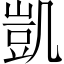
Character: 凱